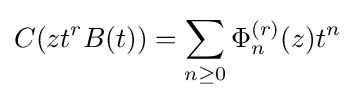
\displaystyle C(zt^{r}B(t))=\sum _{n\geq 0}\Phi _{n}^{(r)}(z)t^{n}